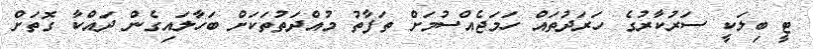
ޓީ ބިލަކީ ސަރުކާރުގެ ހަރަދުތައް ހަމަޖެއްސުމަށް ތަފާތު މުއްދަތުތަކަށް ބަހާލައިގެން ދައްކާ ގޮތަށް